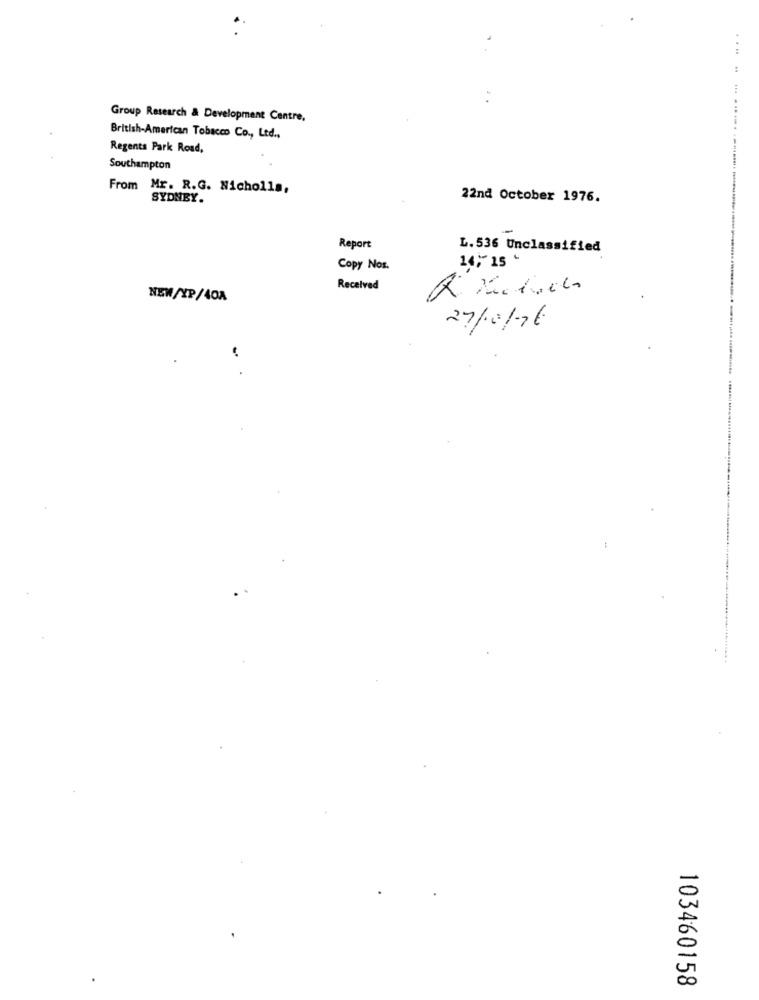
....
Group Research & Development Centre,
British-American Tobacco Co ., Ltd .,
Regents Park Road,
Southampton
From Mr. R.G. Nicholls,
SYDNEY.
22nd October 1976.
-
Report
L.536 Unclassified
14 ,- 15
Copy Nos.
Received
: 1
NEW/XP/40A
27/10/76
103460158